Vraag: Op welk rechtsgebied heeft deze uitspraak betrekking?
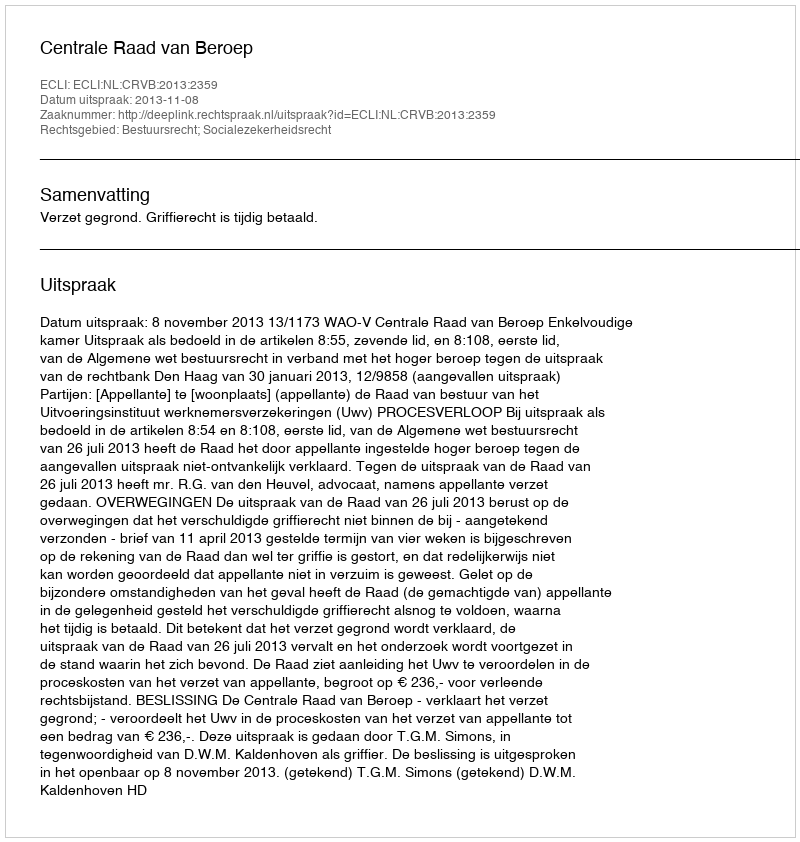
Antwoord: Bestuursrecht; Socialezekerheidsrecht